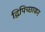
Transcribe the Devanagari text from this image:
द्विपिच्छाकर